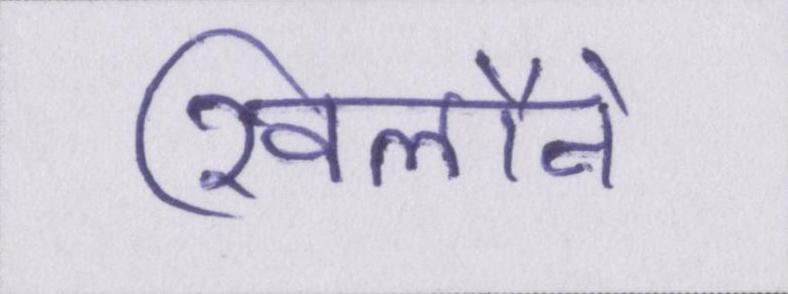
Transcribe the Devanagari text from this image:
खिलौने